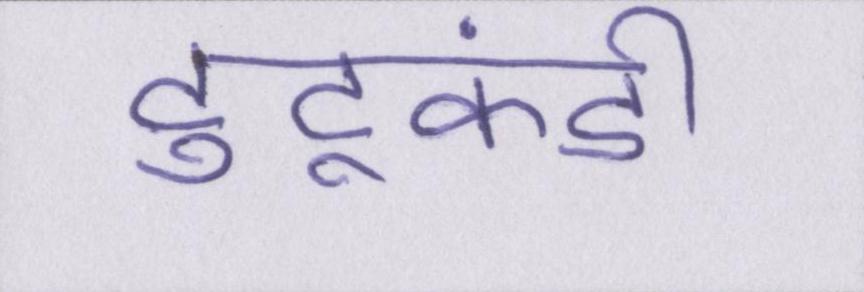
टुटूकंडी